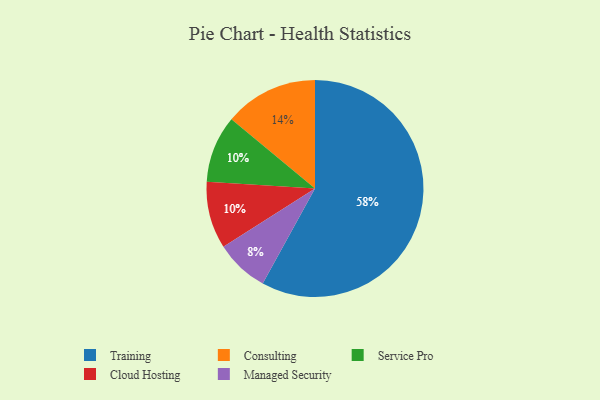
{"axis": {"x": "Category", "y": "Percentage"}, "legend": ["Cloud Hosting", "Consulting", "Managed Security", "Service Pro", "Training"], "data": [{"x": "Training", "y": 58, "type": "Training"}, {"x": "Consulting", "y": 14, "type": "Consulting"}, {"x": "Service Pro", "y": 10, "type": "Service Pro"}, {"x": "Managed Security", "y": 8, "type": "Managed Security"}, {"x": "Cloud Hosting", "y": 10, "type": "Cloud Hosting"}]}